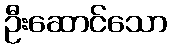
ဦးဆောင်သော